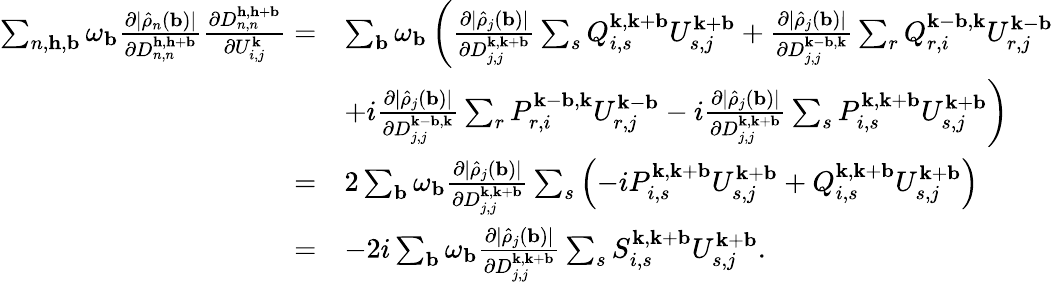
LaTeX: \begin{array}{rl}{\sum_{n,\mathbf{h},\mathbf{b}}\omega_{\mathbf{b}}\frac{\partial|\hat{\rho}_{n}(\mathbf{b})|}{\partial D_{n,n}^{\mathbf{h},\mathbf{h}+\mathbf{b}}}\frac{\partial D_{n,n}^{\mathbf{h},\mathbf{h}+\mathbf{b}}}{\partial U_{i,j}^{\mathbf{k}}}=}&{\sum_{\mathbf{b}}\omega_{\mathbf{b}}\left(\frac{\partial|\hat{\rho}_{j}(\mathbf{b})|}{\partial D_{j,j}^{\mathbf{k},\mathbf{k}+\mathbf{b}}}\sum_{s}Q_{i,s}^{\mathbf{k},\mathbf{k}+\mathbf{b}}U_{s,j}^{\mathbf{k}+\mathbf{b}}+\frac{\partial|\hat{\rho}_{j}(\mathbf{b})|}{\partial D_{j,j}^{\mathbf{k}-\mathbf{b},\mathbf{k}}}\sum_{r}Q_{r,i}^{\mathbf{k}-\mathbf{b},\mathbf{k}}U_{r,j}^{\mathbf{k}-\mathbf{b}}\right.}\\ &{\left.+i\frac{\partial|\hat{\rho}_{j}(\mathbf{b})|}{\partial D_{j,j}^{\mathbf{k}-\mathbf{b},\mathbf{k}}}\sum_{r}P_{r,i}^{\mathbf{k}-\mathbf{b},\mathbf{k}}U_{r,j}^{\mathbf{k}-\mathbf{b}}-i\frac{\partial|\hat{\rho}_{j}(\mathbf{b})|}{\partial D_{j,j}^{\mathbf{k},\mathbf{k}+\mathbf{b}}}\sum_{s}P_{i,s}^{\mathbf{k},\mathbf{k}+\mathbf{b}}U_{s,j}^{\mathbf{k}+\mathbf{b}}\right)}\\ {=}&{2\sum_{\mathbf{b}}\omega_{\mathbf{b}}\frac{\partial|\hat{\rho}_{j}(\mathbf{b})|}{\partial D_{j,j}^{\mathbf{k},\mathbf{k}+\mathbf{b}}}\sum_{s}\left(-iP_{i,s}^{\mathbf{k},\mathbf{k}+\mathbf{b}}U_{s,j}^{\mathbf{k}+\mathbf{b}}+Q_{i,s}^{\mathbf{k},\mathbf{k}+\mathbf{b}}U_{s,j}^{\mathbf{k}+\mathbf{b}}\right)}\\ {=}&{-2i\sum_{\mathbf{b}}\omega_{\mathbf{b}}\frac{\partial|\hat{\rho}_{j}(\mathbf{b})|}{\partial D_{j,j}^{\mathbf{k},\mathbf{k}+\mathbf{b}}}\sum_{s}S_{i,s}^{\mathbf{k},\mathbf{k}+\mathbf{b}}U_{s,j}^{\mathbf{k}+\mathbf{b}}.}\end{array}